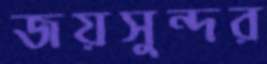
জয়সুন্দর